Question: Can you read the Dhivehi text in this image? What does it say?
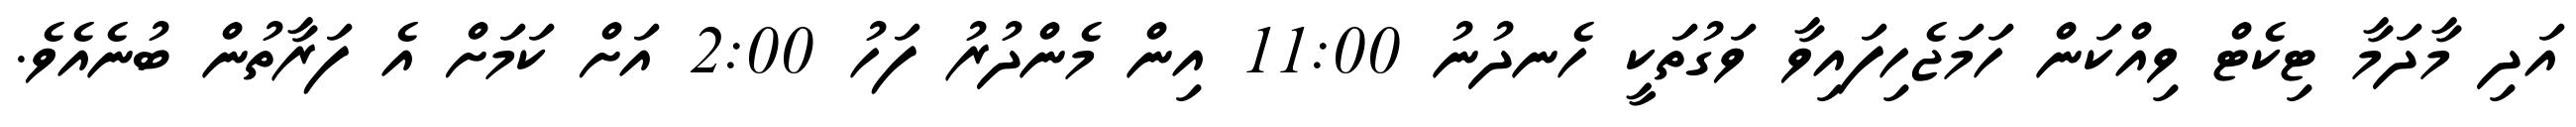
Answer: އަދި މާދަމާ ޓިކެޓް ވިއްކަން ހަމަޖެހިފައިވާ ވަގުތަކީ ހެނދުނު 11:00 އިން މެންދުރު ފަހު 2:00 އަށް ކަމަށް އެ ފަރާތުން ބުނެއެވެ.